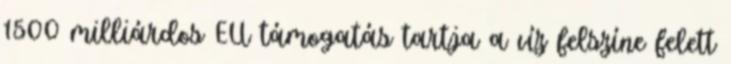
1500 milliárdos EU támogatás tartja a víz felszíne felett